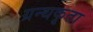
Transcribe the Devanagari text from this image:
ग्रन्थकृता